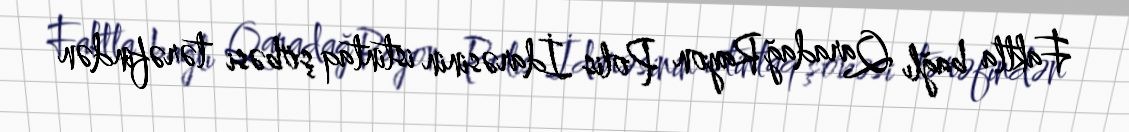
Faktla bağlı Qaradağ Rayon Polis İdarəsinin istintaq şöbəsi tərəfindən